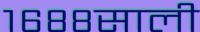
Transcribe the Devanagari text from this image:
१६८८साली